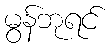
မွန်ဘုရင်